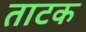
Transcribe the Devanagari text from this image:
ताटक